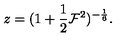
z = ( { 1 + { \frac { 1 } { 2 } } { \cal F } ^ { 2 } } ) ^ { - { \frac { 1 } { 6 } } } .